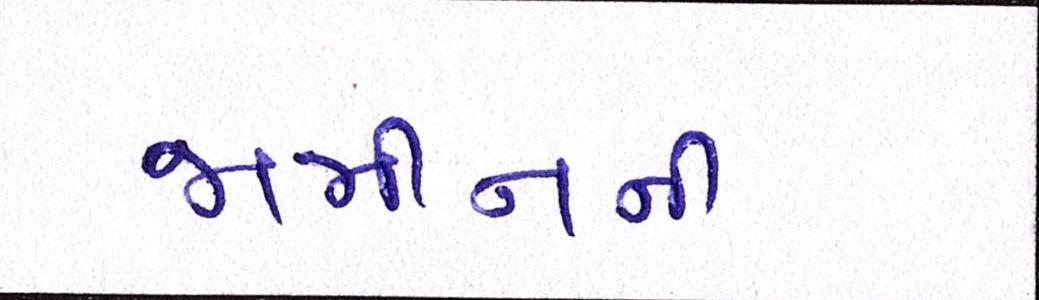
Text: જામીનની